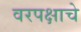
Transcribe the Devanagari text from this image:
वरपक्षाचे